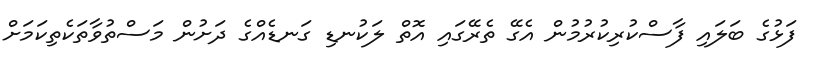
ފަޅުގެ ބަލައި ފާސްކުރިކުރުމުން އެގޭ ތެރޭގައި އޮތް ލަކުނޑި ގަނޑެއްގެ ދަށުން މަސްތުވާތަކެތިކަމަށް